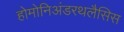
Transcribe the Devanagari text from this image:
होमोनिअंडरथलैसिस